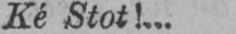
Ké Stot!...